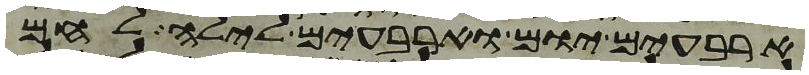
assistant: ארבעים יום וארבעים לילה לחם